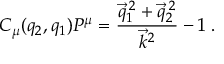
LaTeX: C _ { \mu } ( q _ { 2 } , q _ { 1 } ) { \cal P } ^ { \mu } = \frac { \vec { q } _ { 1 } ^ { \: 2 } + \vec { q } _ { 2 } ^ { \: 2 } } { \vec { k } ^ { 2 } } - 1 \; .